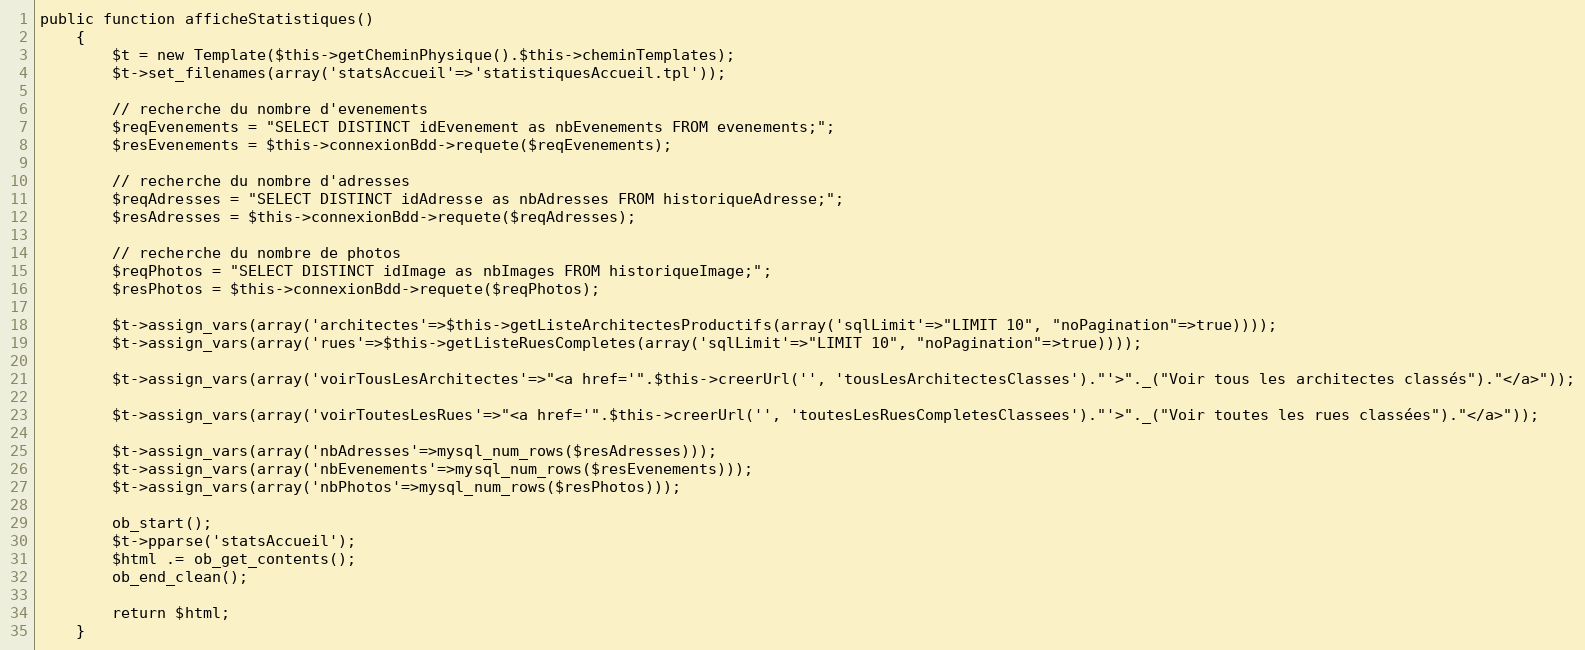
Language: PHP
public function afficheStatistiques()
	{
		$t = new Template($this->getCheminPhysique().$this->cheminTemplates);
		$t->set_filenames(array('statsAccueil'=>'statistiquesAccueil.tpl'));

		// recherche du nombre d'evenements
		$reqEvenements = "SELECT DISTINCT idEvenement as nbEvenements FROM evenements;";
		$resEvenements = $this->connexionBdd->requete($reqEvenements);

		// recherche du nombre d'adresses
		$reqAdresses = "SELECT DISTINCT idAdresse as nbAdresses FROM historiqueAdresse;";
		$resAdresses = $this->connexionBdd->requete($reqAdresses);

		// recherche du nombre de photos
		$reqPhotos = "SELECT DISTINCT idImage as nbImages FROM historiqueImage;";
		$resPhotos = $this->connexionBdd->requete($reqPhotos);

		$t->assign_vars(array('architectes'=>$this->getListeArchitectesProductifs(array('sqlLimit'=>"LIMIT 10", "noPagination"=>true))));
		$t->assign_vars(array('rues'=>$this->getListeRuesCompletes(array('sqlLimit'=>"LIMIT 10", "noPagination"=>true))));

		$t->assign_vars(array('voirTousLesArchitectes'=>"<a href='".$this->creerUrl('', 'tousLesArchitectesClasses')."'>"._("Voir tous les architectes classés")."</a>"));

		$t->assign_vars(array('voirToutesLesRues'=>"<a href='".$this->creerUrl('', 'toutesLesRuesCompletesClassees')."'>"._("Voir toutes les rues classées")."</a>"));

		$t->assign_vars(array('nbAdresses'=>mysql_num_rows($resAdresses)));
		$t->assign_vars(array('nbEvenements'=>mysql_num_rows($resEvenements)));
		$t->assign_vars(array('nbPhotos'=>mysql_num_rows($resPhotos)));

		ob_start();
		$t->pparse('statsAccueil');
		$html .= ob_get_contents();
		ob_end_clean();

		return $html;
	}